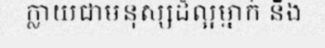
ក្លាយជាមនុស្សដ៏ល្អម្នាក់ នឹង